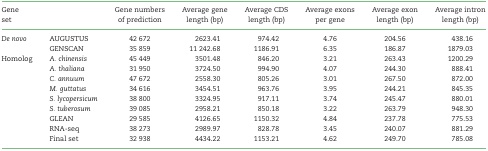
| Gene |  | Gene numbers | Average gene | Average CDS | Average exons | Average exon | Average intron |
 | set |  | of prediction | length (bp) | length (bp) | per gene | length (bp) | length (bp) |
 | --- | --- | --- | --- | --- | --- | --- | --- |
 | De novo | AUGUSTUS | 42 672 | 2623.41 | 974.42 | 4.76 | 204.56 | 438.16 |
 |  | GENSCAN | 35 859 | 11 242.68 | 1186.91 | 6.35 | 186.87 | 1879.03 |
 | Homolog | A. chinensis | 45 449 | 3501.48 | 846.20 | 3.21 | 263.43 | 1200.29 |
 |  | A. thaliana | 31 950 | 3724.50 | 994.90 | 4.07 | 244.30 | 888.41 |
 |  | C. annuum | 47 672 | 2558.30 | 805.26 | 3.01 | 267.50 | 872.00 |
 |  | M. guttatus | 34 616 | 3454.51 | 963.76 | 3.95 | 244.21 | 845.35 |
 |  | S. lycopersicum | 38 800 | 3324.95 | 917.11 | 3.74 | 245.47 | 880.01 |
 |  | S. tuberosum | 39 085 | 2958.21 | 850.18 | 3.22 | 263.79 | 948.30 |
 |  | GLEAN | 29 585 | 4126.65 | 1150.32 | 4.84 | 237.78 | 775.53 |
 |  | RNA-seq | 38 273 | 2989.97 | 828.78 | 3.45 | 240.07 | 881.29 |
 |  | Final set | 32 938 | 4434.22 | 1153.21 | 4.62 | 249.70 | 785.08 |